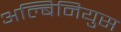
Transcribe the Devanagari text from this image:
अल्बिनियुस